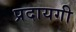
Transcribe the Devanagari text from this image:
प्रदायगी